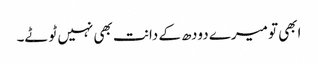
ابھی تو میرے دودھ کے دانت بھی نہیں ٹوٹے۔